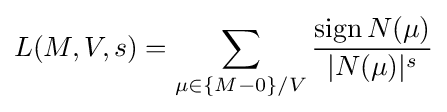
L(M,V,s)=\sum _{\mu \in \{M-0\}/V}{\frac {\operatorname {sign} N(\mu )}{|N(\mu )|^{s}}}